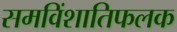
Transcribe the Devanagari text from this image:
समविंशातिफलक